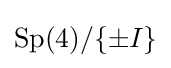
\mathrm {Sp} (4)/\{\pm I\}